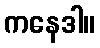
ကနေဒါ။